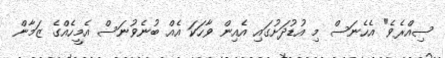
ސިއްރެވެ" އެހެނަސް މި އުޑުދަށުގައި އެއިން ވާހަކަ އެއް ބުނެވުނަސް އެމީހެއްގެ ޒަމާން